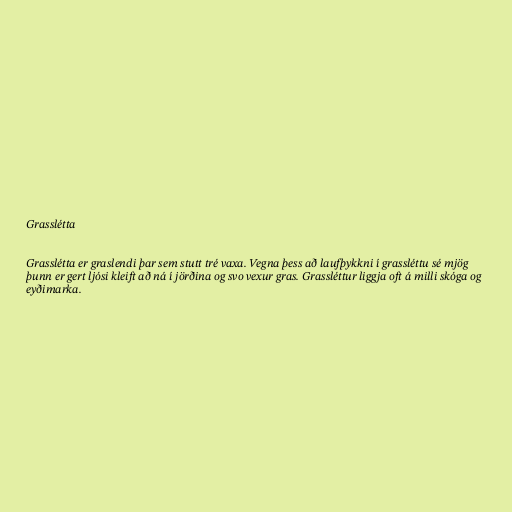
Grasslétta

Grasslétta er graslendi þar sem stutt tré vaxa. Vegna þess að laufþykkni í grassléttu sé mjög
þunn er gert ljósi kleift að ná í jörðina og svo vexur gras. Grassléttur liggja oft á milli skóga og
eyðimarka.